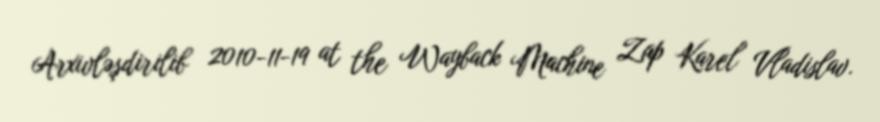
Arxivləşdirilib 2010-11-19 at the Wayback Machine Zap Karel Vladislav.